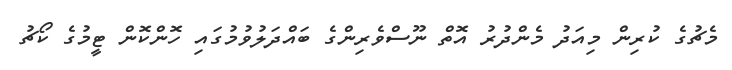
މެޗުގެ ކުރިން މިއަދު މެންދުރު އޮތް ނޫސްވެރިންގެ ބައްދަލުވުމުގައި ހޮންކޮން ޓީމުގެ ކޯޗު